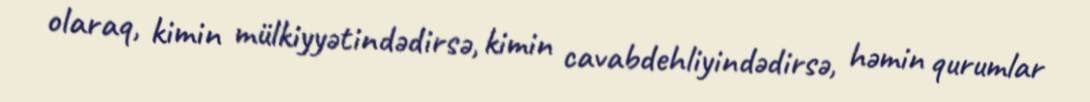
olaraq, kimin mülkiyyətindədirsə, kimin cavabdehliyindədirsə, həmin qurumlar